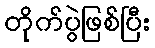
တိုက်ပွဲဖြစ်ပြီး